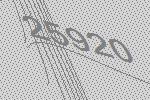
25920